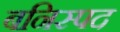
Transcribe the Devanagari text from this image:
बनिस्पद